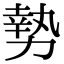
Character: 𫝑